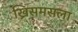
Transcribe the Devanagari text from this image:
ख्रिसमसला